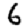
Digit: 6